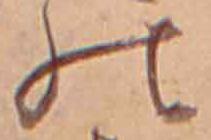
の